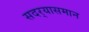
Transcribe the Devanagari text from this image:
सदर्‍यासमान